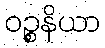
ဝဉ္စနိယာ